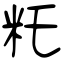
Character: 籷